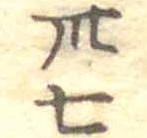
卅七